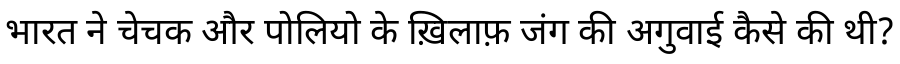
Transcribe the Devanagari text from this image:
भारत ने चेचक और पोलियो के ख़िलाफ़ जंग की अगुवाई कैसे की थी?